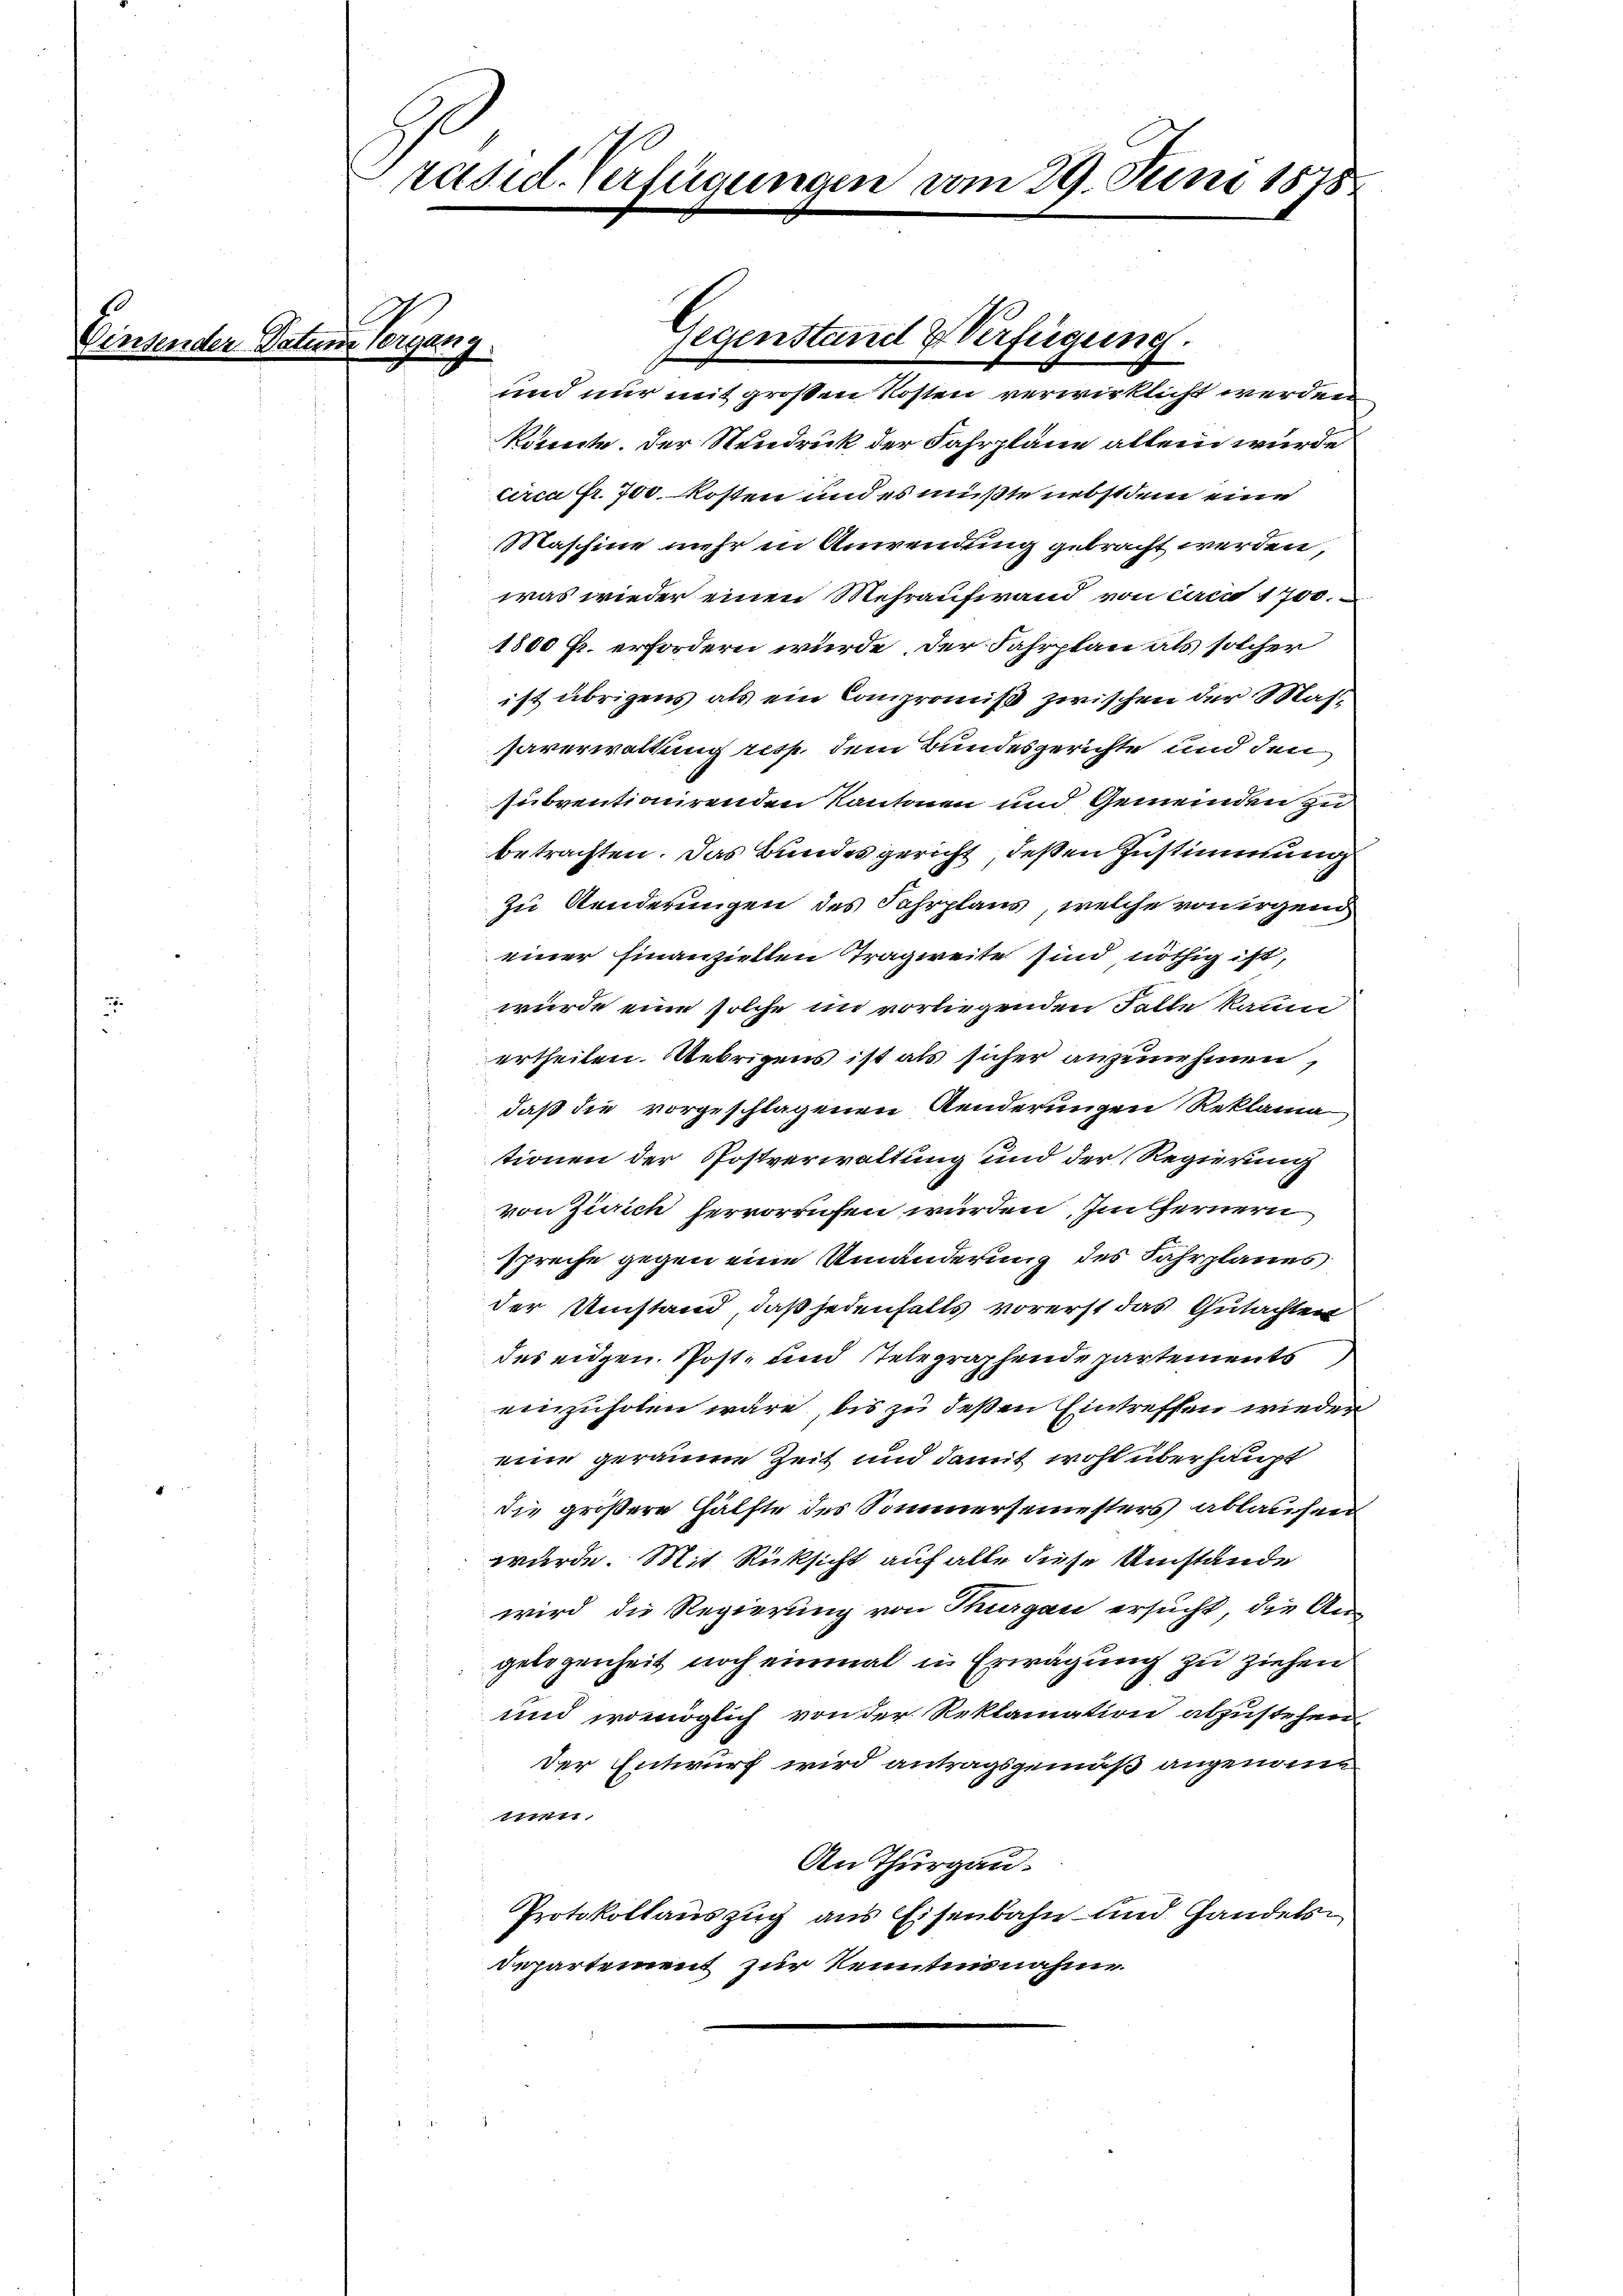
räsid. Verfügungen vom 29. Juni 1878

Vorgang

Gegenstand & Verfügung.

und nur mit großen Kosten verwirklicht werden
könnte. Der Neudruck der Fahrpläne allein würde
circa Fr. 700 kosten und es müßte nebstdem eine
Maschine mehr in Anwendung gebracht werden,
was wieder einen Mehraufwand von circa 1700.
1800 Fr. erfordern würde, der Fahrplan als solcher
ist übrigens als ein Compromiß zwischen der Massaverwaltung resp. dem Bundesgerichte und den
subventionirenden Kantonen und Gemeinden zu
betrachten. Das Bundes gericht deßen Zustimmung
Zu Aenderungen des Fahrplans, welche von irgend
einer Finanziellen Tragweite sind nöthig ist,
wurde eine solche im vorliegenden Falle kaum
ertheilen. Uebrigens ist als sicher anzunehmen,
daß die vorgeschlagenen Aenderungen Reklama
tionen der Postverwaltung und der Regierung
von Zürich hervorrufen wurden. Im fernern
spreche gegen eine Umänderung des Fahrplanes
der Umstand, daß jedenfalls vorerst das Gutachten
des eidgen. Post- und stelegraphende partements
einzuholen wäre, bis zu deßen Eintreffen wieder
eine geräume Zeit und damit wohl überhaupt
die größere Hälfte des Sommersemesters ablaufen
 würde. Mit Rücksicht auf alle diese Umstände
wird die Regierung von Thurgau ersucht, die Angelegenheit noch einmal in Erwägung zu ziehen
und womöglich von der Reklamation abzustehen,
der Entwurf wird antragsgemäß angenomi
An Thurgau.
Protokollauszug aus Eisenbahn und Handels¬
Departement zur Kenntnisnahme